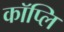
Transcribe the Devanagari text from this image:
कॉप्लि